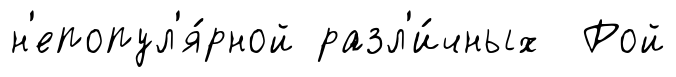
н'епопул'я́рной разл'и́чных Рой